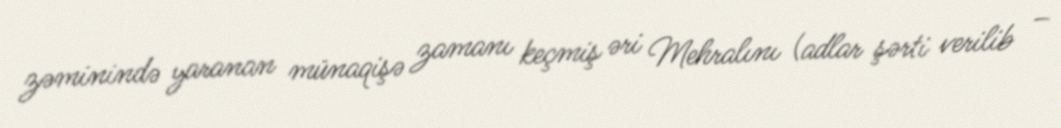
zəminində yaranan münaqişə zamanı keçmiş əri Mehralını (adlar şərti verilib –